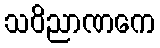
သဝိညာဏကေ